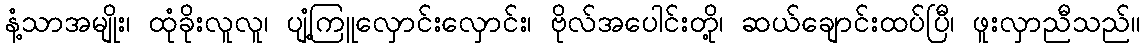
နံ့သာအမျိုး၊ ထုံခိုးလူလူ၊ ပျံ့ကြူလှောင်းလှောင်း၊ ဗိုလ်အပေါင်းတို့၊ ဆယ်ချောင်းထပ်ပြီ၊ ဖူးလှာညီသည်။